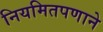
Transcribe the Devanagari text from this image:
नियमितपणाने